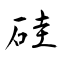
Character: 硅